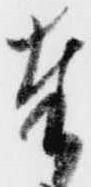
奉